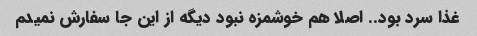
غذا سرد بود.. اصلا هم خوشمزه نبود دیگه از این جا سفارش نمیدم